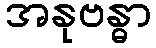
အနုဗန္ဓာ